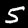
Label: 5